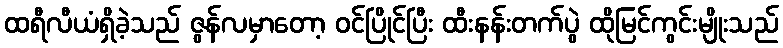
ထရီလီယံရှိခဲ့သည် ဇွန်လမှာတော့ ဝင်ပြိုင်ပြီး ထီးနန်းတက်ပွဲ ထိုမြင်ကွင်းမျိုးသည်